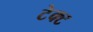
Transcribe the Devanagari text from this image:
टेक्ट